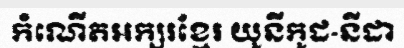
កំណើតអក្សរខ្មែរ យូនីកូដ-នីដា